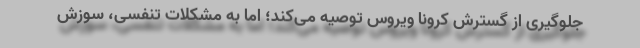
جلوگیری از گسترش کرونا ویروس توصیه می‌کند؛ اما به مشکلات تنفسی، سوزش